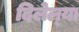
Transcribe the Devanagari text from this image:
दिलेल्‍या